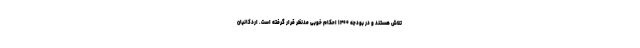
تلاش هستند و در بودجه ۱۴۰۰ احکام خوبی مدنظر قرار گرفته است. اردکانیان